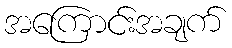
အကြောင်းအချက်